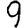
Digit: 9